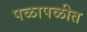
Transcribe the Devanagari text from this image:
पळापळीत